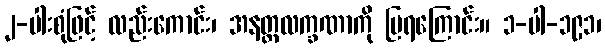
၂-ပါးစုံဖြင့် လည်းကောင်း၊ အနတ္တလက္ခဏာကို ပြရကြောင်း။ ၁-ပါ-၁၉၁၊